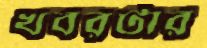
খবরটার